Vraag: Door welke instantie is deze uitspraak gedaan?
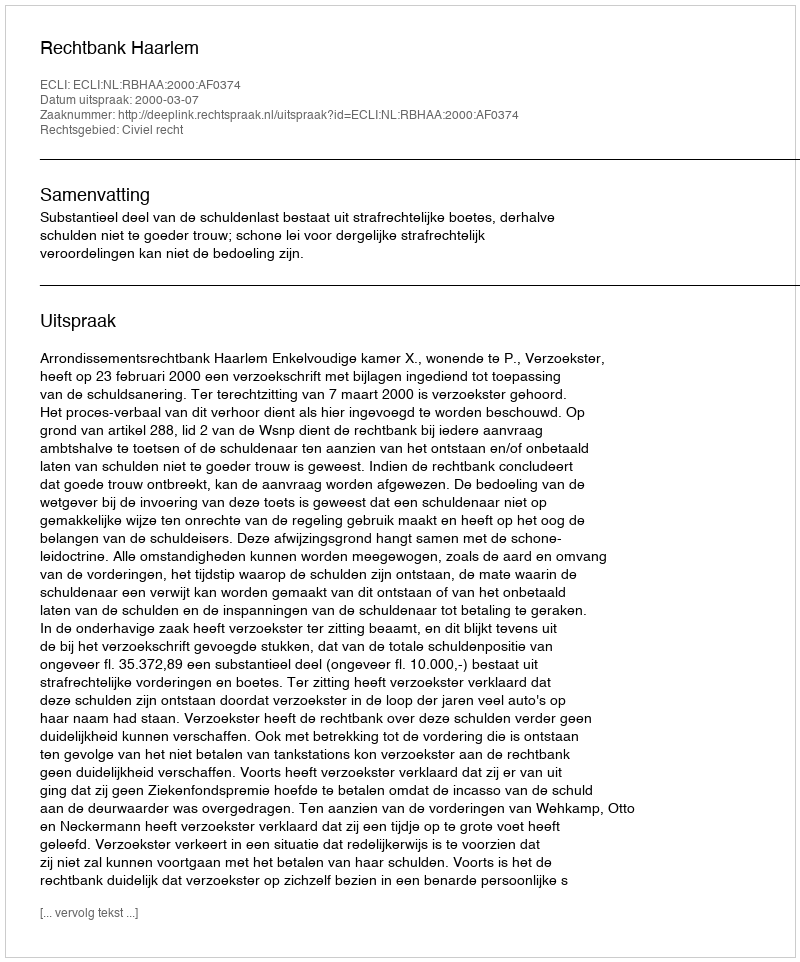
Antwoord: Rechtbank Haarlem